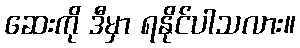
ဆေးကို ဒီမှာ ရနိုင်ပါသလား။